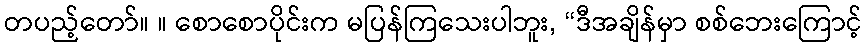
တပည့်တော်။ ။ စောစောပိုင်းက မပြန်ကြသေးပါဘူး, “ဒီအချိန်မှာ စစ်ဘေးကြောင့်